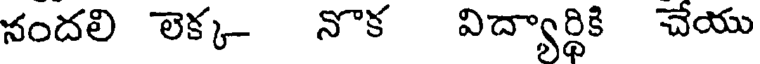
నందలి లెక్క- నొక విద్యార్థికి చేయు